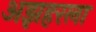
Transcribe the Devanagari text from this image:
अझहरला